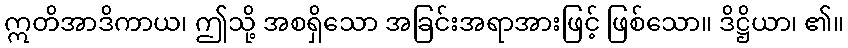
ဣတိအာဒိကာယ၊ ဤသို့ အစရှိသော အခြင်းအရာအားဖြင့် ဖြစ်သော။ ဒိဋ္ဌိယာ၊ ၏။